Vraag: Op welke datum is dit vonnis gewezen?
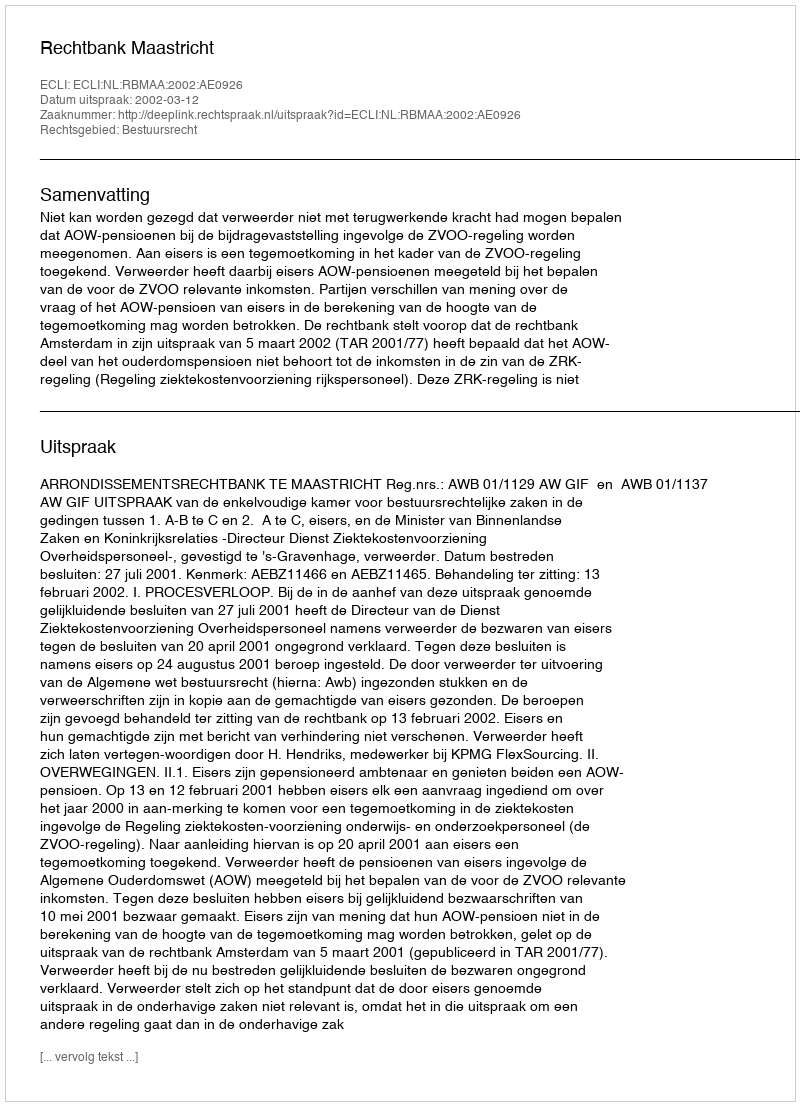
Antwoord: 2002-03-12